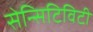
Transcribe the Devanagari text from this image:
सेन्सिटिविटी